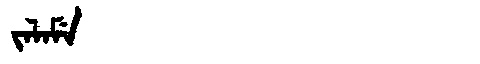
Manchu: ᠵᠠᠯᠠᠮᡝ
Romanization: JALAME